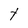
Character: t